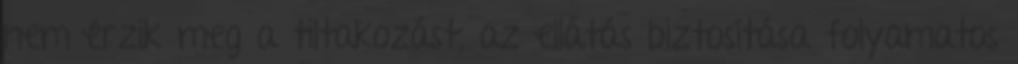
nem érzik meg a tiltakozást, az ellátás biztosítása folyamatos